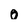
Character: 0